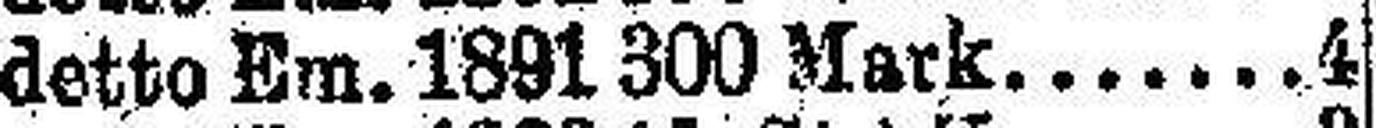
detto Em. 1891 300 Mark 4